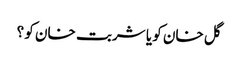
گل خان کو یا شربت خان کو ؟